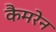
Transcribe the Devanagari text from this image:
कैमरेन